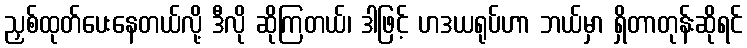
ညှစ်ထုတ်ပေးနေတယ်လို့ ဒီလို ဆိုကြတယ်၊ ဒါဖြင့် ဟဒယရုပ်ဟာ ဘယ်မှာ ရှိတာတုန်းဆိုရင်